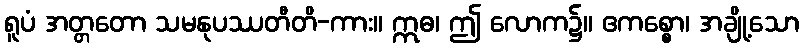
ရူပံ အတ္တတော သမနုပဿတီတိ-ကား။ ဣဓ၊ ဤ လောက၌။ ဧကစ္စော၊ အချို့သော